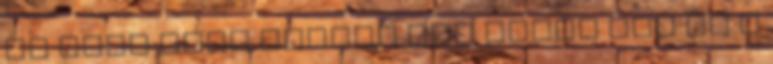
az idei évad utolsó pár része IMO ez a